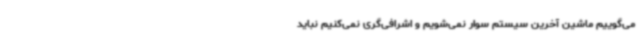
می‌گوییم ماشین آخرین سیستم سوار نمی‌شویم و اشرافی‌گری نمی‌کنیم نباید